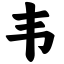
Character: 韦